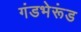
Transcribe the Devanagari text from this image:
गंडभेरूंड